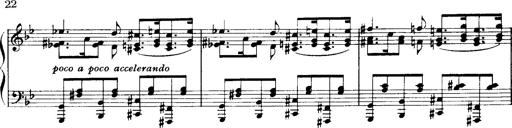
Title: Historische ungarische Bildnisse
Composer: Franz Liszt